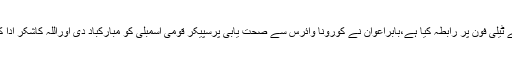
تفصیلات کے مطابق مشیر پارلیمانی امور بابراعوان نے سپیکر قومی اسمبلی اسد قیصر سے ٹیلی فون پر رابطہ کیا ہے،بابراعوان نے کورونا وائرس سے صحت یابی پرسپیکر قومی اسمبلی کو مبارکباد دی اوراللہ کاشکر ادا کیا،بابراعوان نے بطور سپیکر قومی اسمبلی اسد قیصر کی خدمات کو خراج تحسین پیش کیا۔